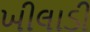
ખીલાડી